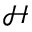
\mathcal { H }